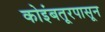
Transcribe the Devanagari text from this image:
कोइंबतूरपासून